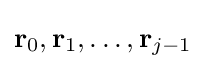
\mathbf {r} _{0},\mathbf {r} _{1},\dots ,\mathbf {r} _{j-1}